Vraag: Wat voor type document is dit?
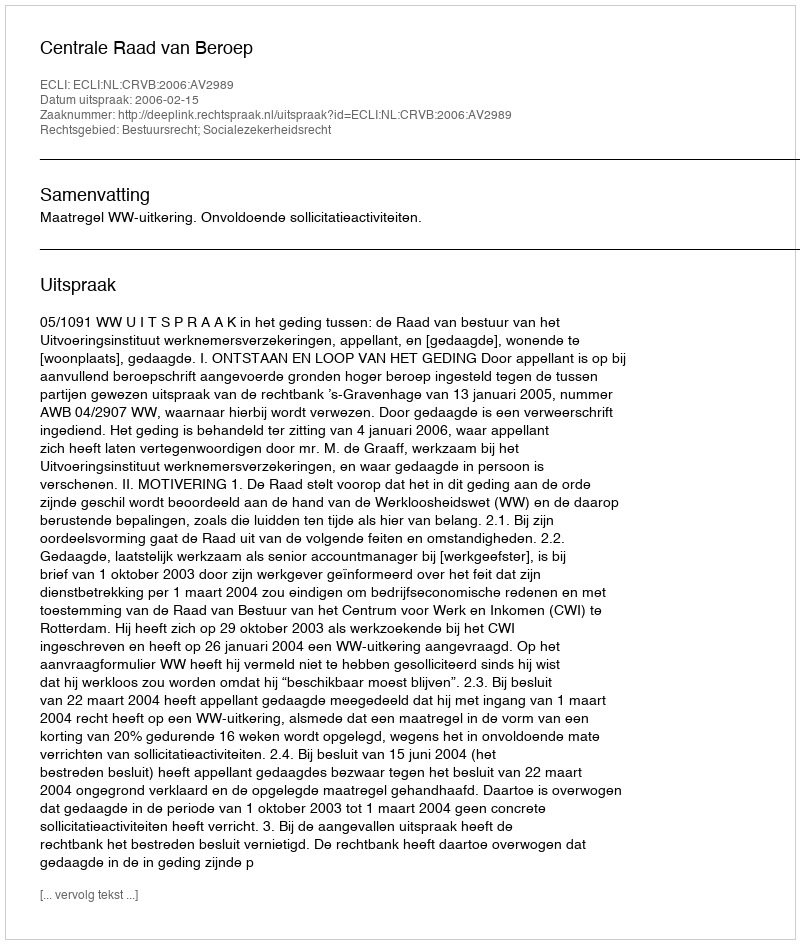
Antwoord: Uitspraak